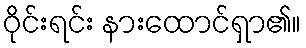
ဝိုင်းရင်း နားထောင်ရှာ၏။